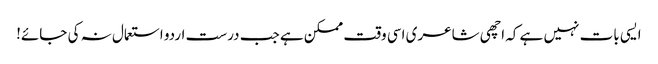
ایسی بات نہیں ہے کہ اچھی شاعری اسی وقت ممکن ہے جب درست اردو استعمال نہ کی جائے!